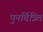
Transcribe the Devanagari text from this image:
पुनर्चित्रित